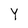
Character: Y